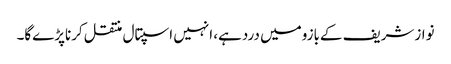
نوازشریف کےبازومیں دردہے، انہیں اسپتال منتقل کرناپڑےگا۔